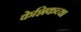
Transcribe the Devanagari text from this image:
केशिकच्या